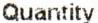
QUANTITY